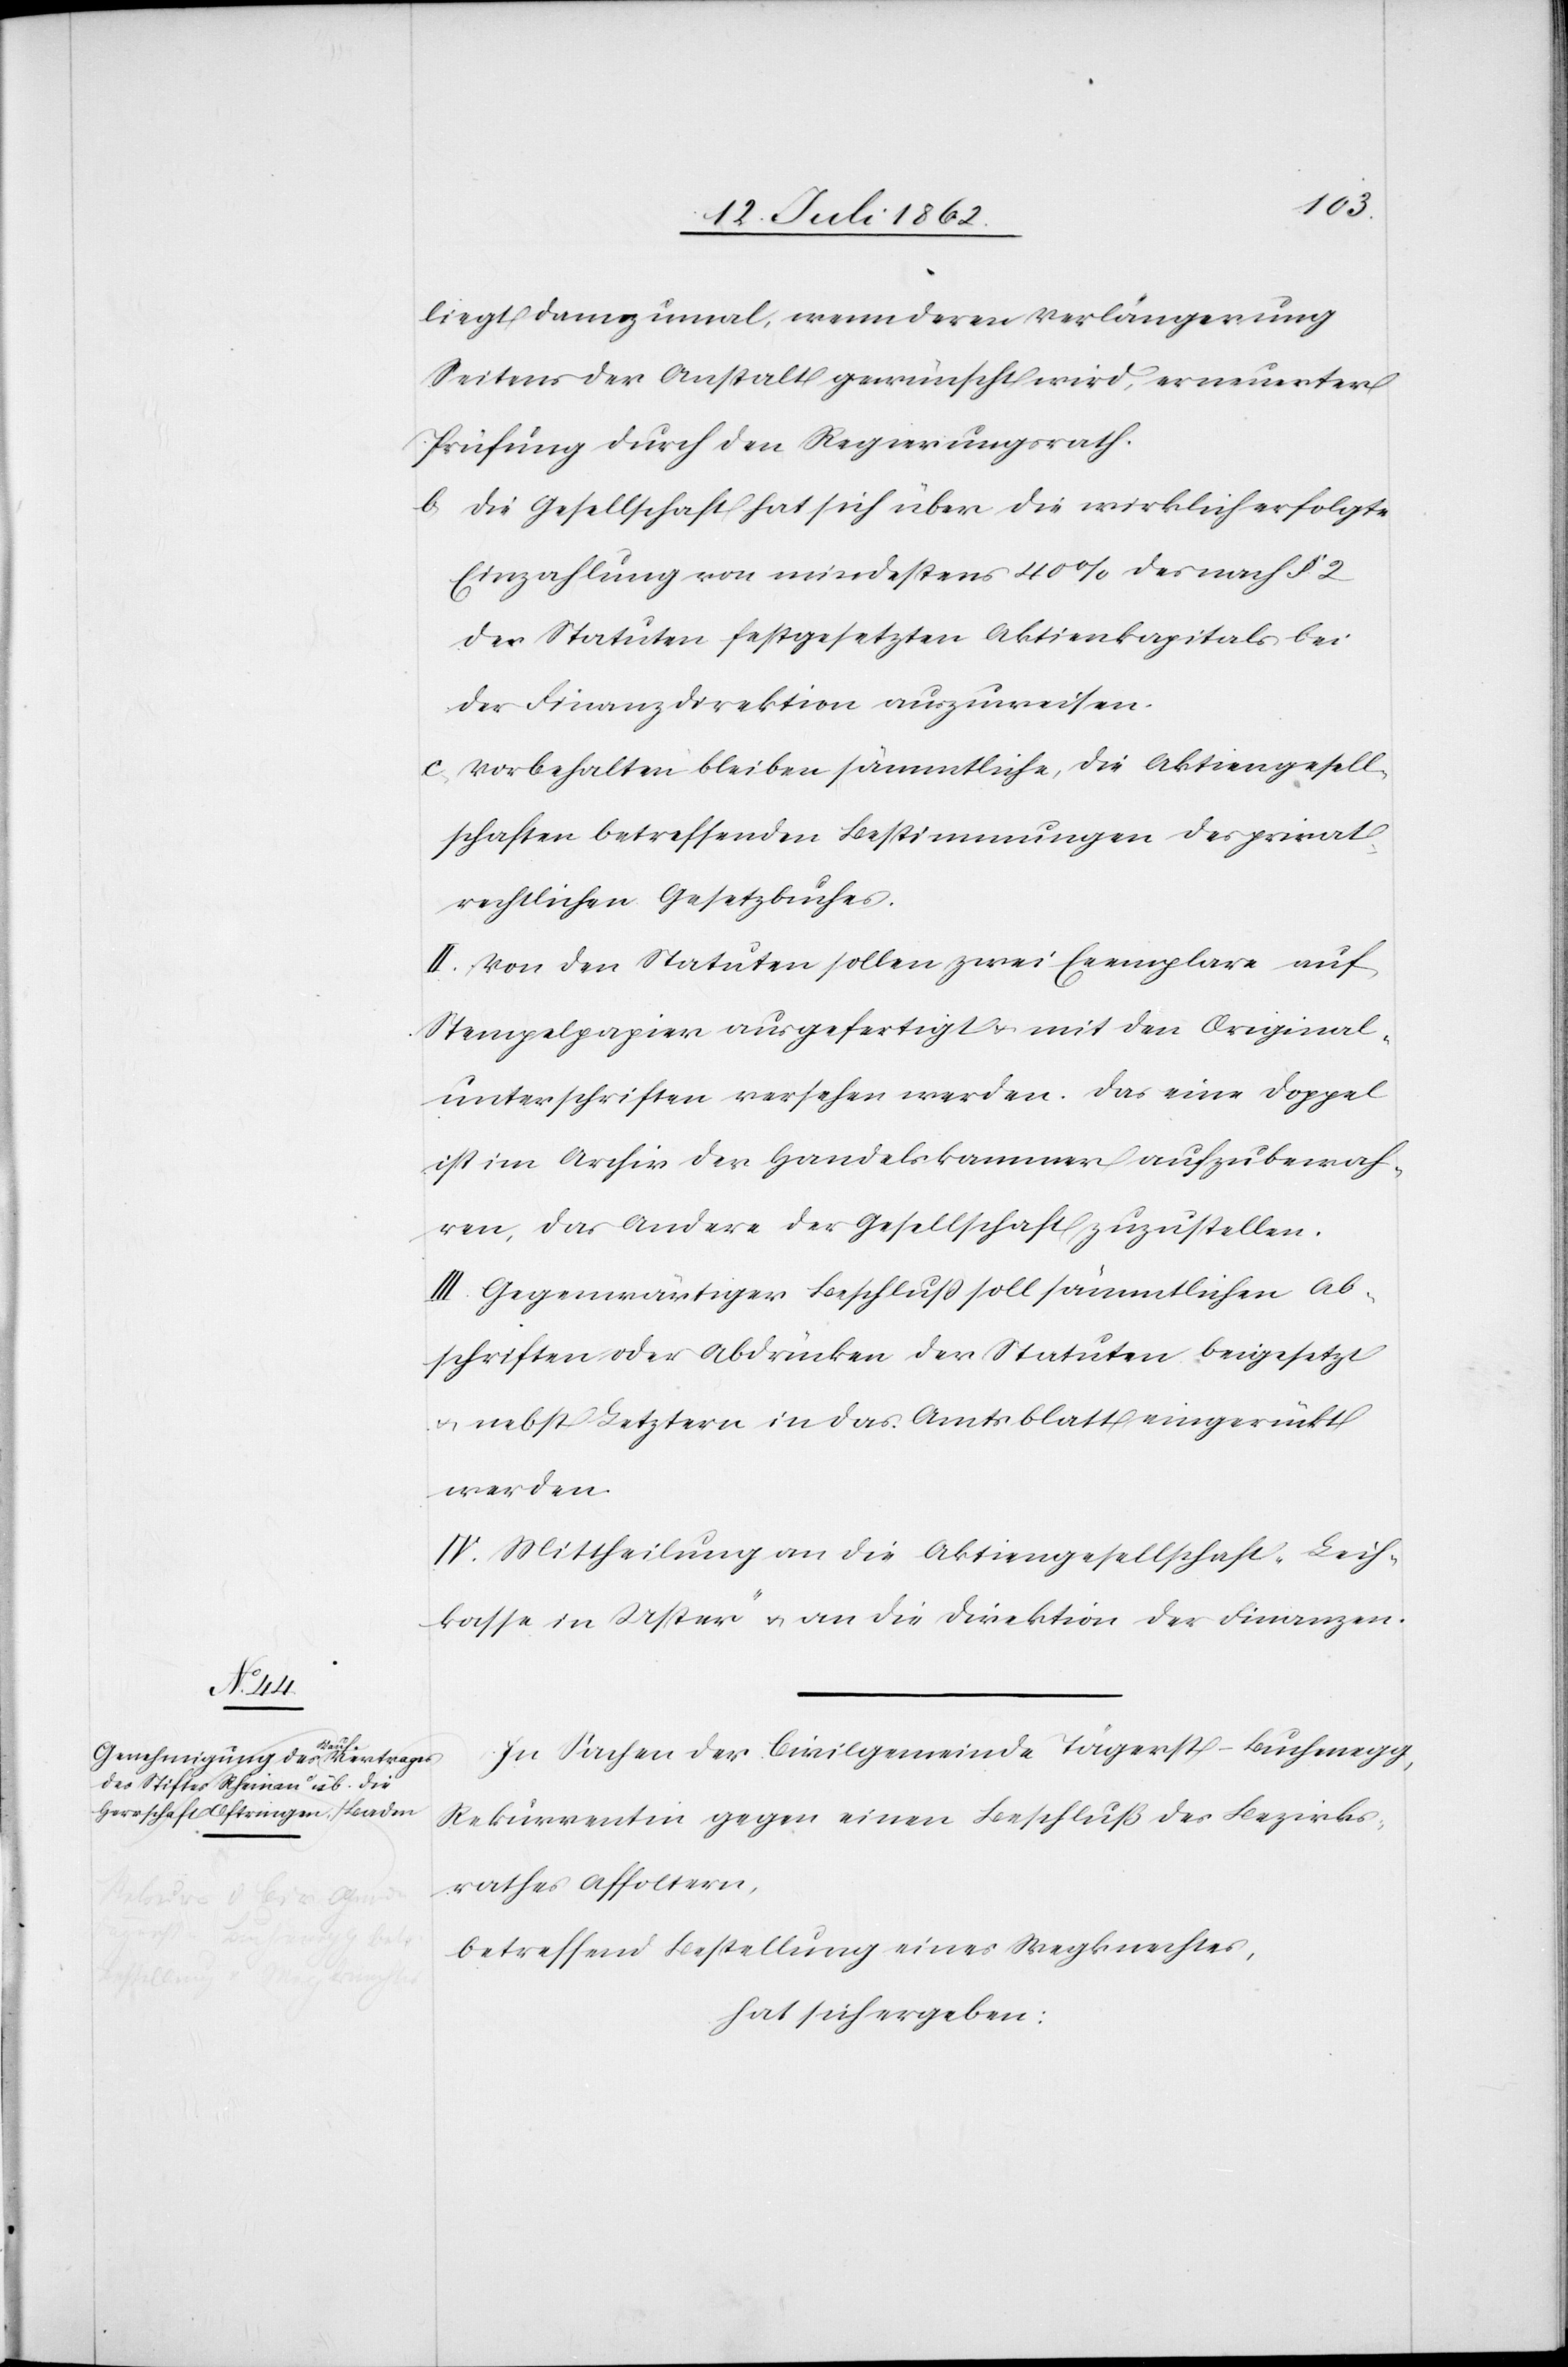
liegt dannzumal, wenn deren Verlängerung
Seitens der Anstalt gewünscht wird, erneuerter
Prüfung durch den Regierungsrath.
b. die Gesellschaft hat sich über die wirklich erfolgte
Einzahlung von mindestens 40% des nach § 2
der Statuten festgesetzten Aktienkapitals bei
der Finanzdirektion auszuweisen.
c. vorbehalten bleiben sämmtliche, die Aktiengesell¬
schaften betreffenden Bestimmungen des privat¬
rechtlichen Gesetzbuches.
II. Von den Statuten sollen zwei Exemplare auf
Stempelpapier ausgefertigt mit den Original¬
unterschriften versehen werden. Das eine Doppel
ist im Archiv der Handelskammer aufzubewah¬
ren, das Andere der Gesellschaft zuzustellen.
III. Gegenwärtiger Beschluß soll sämmtlichen Ab¬
schriften oder Abdrücken der Statuten beigesetzt
u. nebst Letztern in das Amtsblatt eingerückt
werden.
IV. Mittheilung an die Aktiengesellschaft „Leih¬
kasse in Uster“ u. an die Direktion der Finanzen.